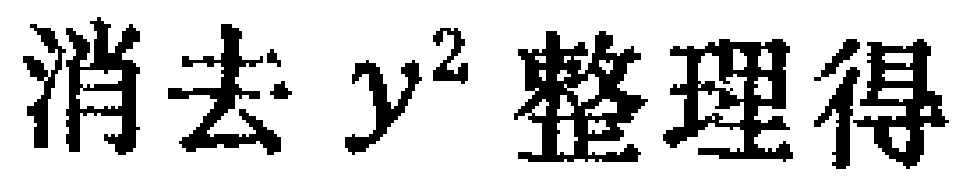
消去 \(y^{2}\) 整理得